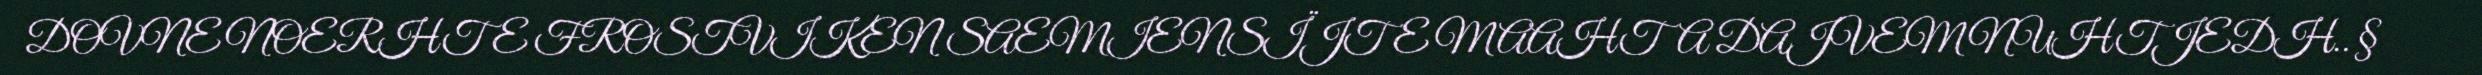
DOVNE NOERHTE FROSTVIKEN SAEMIENSÏJTE MAAHTA DAJVEM NUHTJEDH.. §